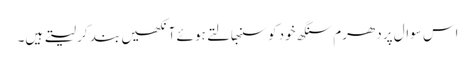
اس سوال پر دھرم سنگھ خود کو سنبھالتے ہوئے آنکھیں بند کر لیتے ہیں۔